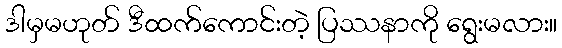
ဒါမှမဟုတ် ဒီထက်ကောင်းတဲ့ ပြဿနာကို ရွေးမလား။